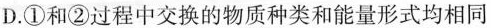
D.①和②过程中交换的物质种类和能量形式均相同